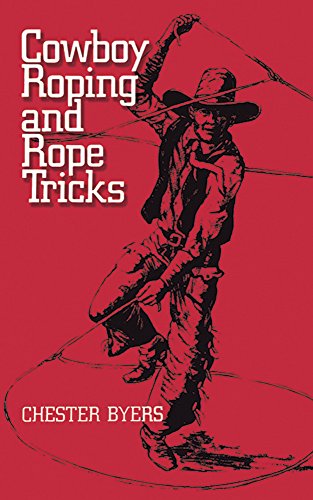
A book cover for Cowboy Roping and Rope Tricks; Chester Byers; Sports & Outdoors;